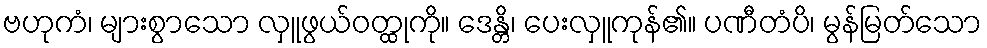
ဗဟုကံ၊ များစွာသော လှူဖွယ်ဝတ္ထုကို။ ဒေန္တိ၊ ပေးလှူကုန်၏။ ပဏီတံပိ၊ မွန်မြတ်သော